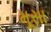
મૂસા